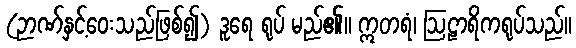
(ဉာဏ်နှင့်ဝေးသည်ဖြစ်၍) ဒူရေ ရုပ် မည်၏။ ဣတရံ၊ ဩဠာရိကရုပ်သည်။